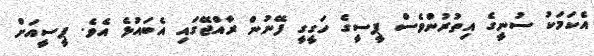
އެކަމަކު ސުނީގެ އިތުރުންވެސް ޕީސީގެ ހަގީގީ ފޭނުން ރާއްޖޭގައި އެބައުޅެ އެވެ. ޕީސީއަށް